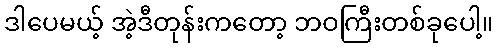
ဒါပေမယ့် အဲ့ဒီတုန်းကတော့ ဘဝကြီးတစ်ခုပေါ့။